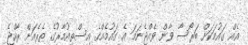
އެއް ގައުމަކަށް ބަރޯސާ ވާން ވެއްޖެނަމަ އެ ގައުމެއްގެ އިސްތިއުމާރުގެ ތެރެއަށް ރާއްޖެ